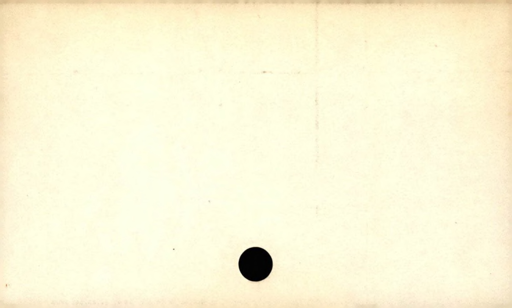
Label: blank